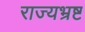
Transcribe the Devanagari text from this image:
राज्यभ्रष्ट